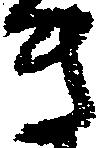
き